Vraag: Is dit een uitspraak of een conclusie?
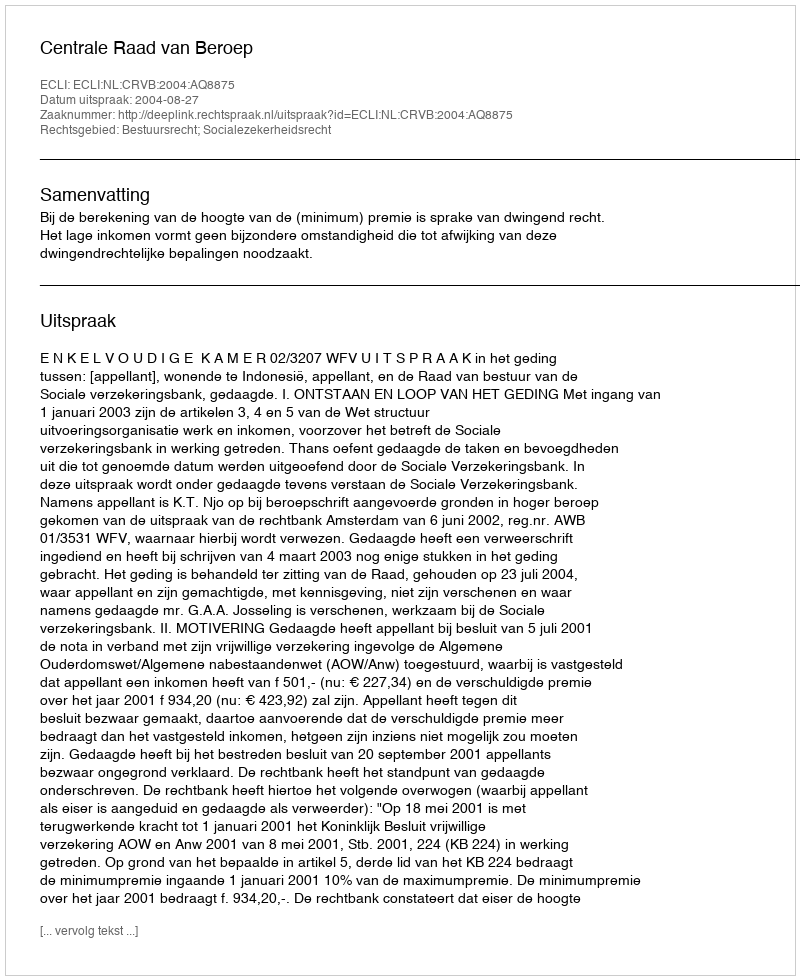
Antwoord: Uitspraak